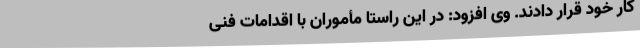
کار خود قرار دادند. وی افزود: در این راستا مأموران با اقدامات فنی